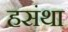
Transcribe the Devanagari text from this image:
हसंथा